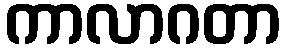
ကာလာဂတာ